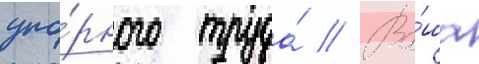
упо́рного труда́ // Ва́ша